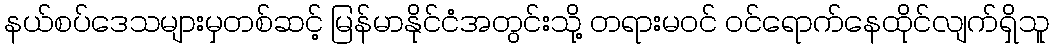
နယ်စပ်ဒေသများမှတစ်ဆင့် မြန်မာနိုင်ငံအတွင်းသို့ တရားမဝင် ဝင်ရောက်နေထိုင်လျက်ရှိသူ